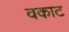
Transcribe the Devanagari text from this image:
वकाट